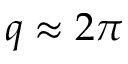
q \approx 2 \pi